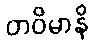
တဝိမာနိ